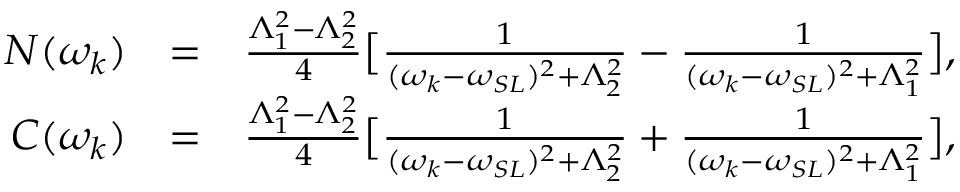
\begin{array} { r l r } { N ( \omega _ { k } ) } & { = } & { \frac { \Lambda _ { 1 } ^ { 2 } - \Lambda _ { 2 } ^ { 2 } } { 4 } \big [ \frac { 1 } { ( \omega _ { k } - \omega _ { S L } ) ^ { 2 } + \Lambda _ { 2 } ^ { 2 } } - \frac { 1 } { ( \omega _ { k } - \omega _ { S L } ) ^ { 2 } + \Lambda _ { 1 } ^ { 2 } } \big ] , } \\ { C ( \omega _ { k } ) } & { = } & { \frac { \Lambda _ { 1 } ^ { 2 } - \Lambda _ { 2 } ^ { 2 } } { 4 } \big [ \frac { 1 } { ( \omega _ { k } - \omega _ { S L } ) ^ { 2 } + \Lambda _ { 2 } ^ { 2 } } + \frac { 1 } { ( \omega _ { k } - \omega _ { S L } ) ^ { 2 } + \Lambda _ { 1 } ^ { 2 } } \big ] , } \end{array}